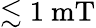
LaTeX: \lesssim 1~\mathrm{mT}